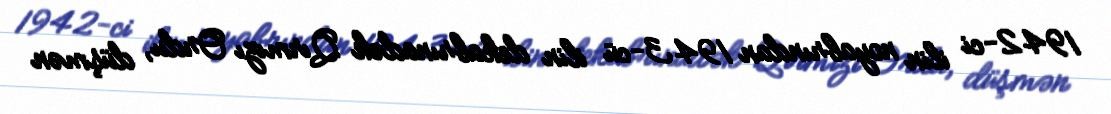
1942-ci ilin noyabrından 1943-cü ilin dekabrınadək Qırmızı Ordu, düşmən